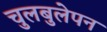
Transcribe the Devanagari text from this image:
चुलबुलेपन